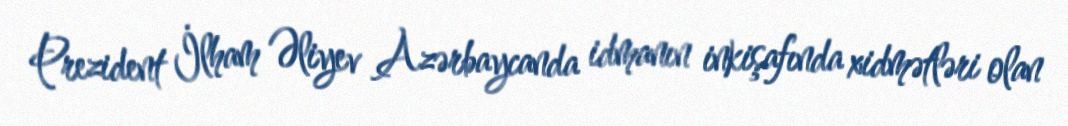
Prezident İlham Əliyev Azərbaycanda idmanın inkişafında xidmətləri olan